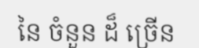
នៃ ចំនួន ដ៏ ច្រើន